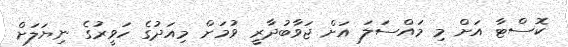
ކޮސްޓާ އަށް މި މައްސަލަ އަށް ޖަވާބުދާރީ ވުމަށް މިއަދުގެ ހަވީރުގެ ނިޔަލަށް